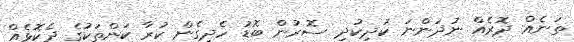
ތަނެއް ދޮރެއް ނުދަންނަ ކުދިކުދި ސޮރުން ބޮޑު ހެދިގެން ކުރާ ކަންތަކުގެ ދެކޮޅެއް